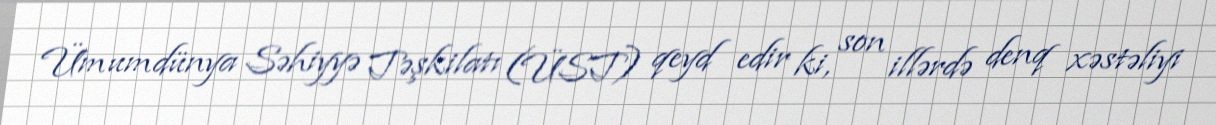
Ümumdünya Səhiyyə Təşkilatı (ÜST) qeyd edir ki, son illərdə denq xəstəliyi